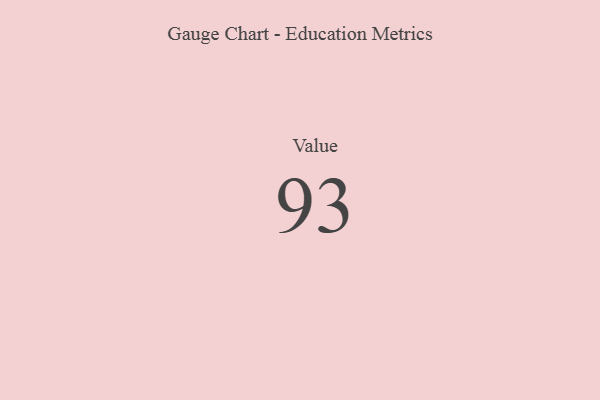
{"axis": {"x": "Metric", "y": "Value"}, "legend": [""], "data": [{"x": "Value", "y": 93, "type": ""}]}